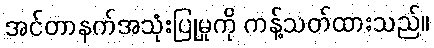
အင်တာနက်အသုံးပြုမှုကို ကန့်သတ်ထားသည်။